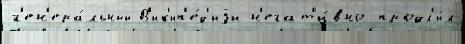
г'ен'ера́льный В'ик'ип'е́д'иjи н'егат'и́вно продл'и́л